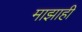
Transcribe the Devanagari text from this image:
माझाही